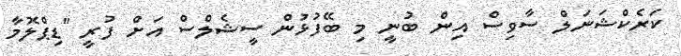
ކަރެކްޝަނަލް ސާވިސް އިން ބުނީ މި ބޭފުޅުން ސީޝެލްސް އަށް ފުރީ "ޑިޕްލޮމާ